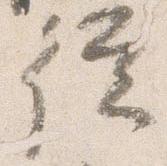
従